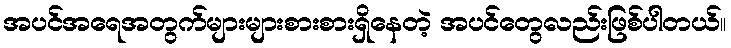
အပင်အရေအတွက်များများစားစားရှိနေတဲ့ အပင်တွေလည်းဖြစ်ပါတယ်။